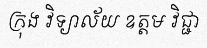
ក្រុង វិទ្យាល័យ ឧត្តម វិជ្ជា